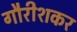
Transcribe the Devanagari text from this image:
गौरीशकर